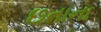
છતાના